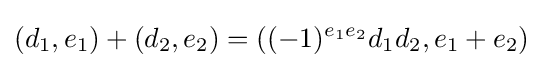
(d_{1},e_{1})+(d_{2},e_{2})=((-1)^{e_{1}e_{2}}d_{1}d_{2},e_{1}+e_{2})